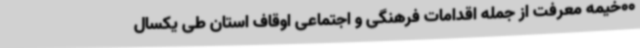
00خیمه معرفت از جمله اقدامات فرهنگی و اجتماعی اوقاف استان طی یکسال